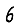
Digit: 6